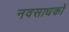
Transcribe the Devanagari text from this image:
नवसाधकों